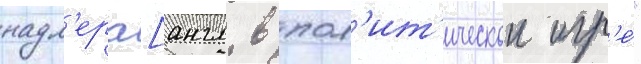
надл'ера[англ. в пол'ит'ическои игр'е́"